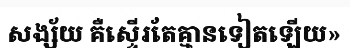
សង្ស័យ គឺស្ទើរតែគ្មានទៀតឡើយ»